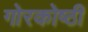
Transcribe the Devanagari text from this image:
गोरकोष्ठी